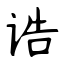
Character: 诰